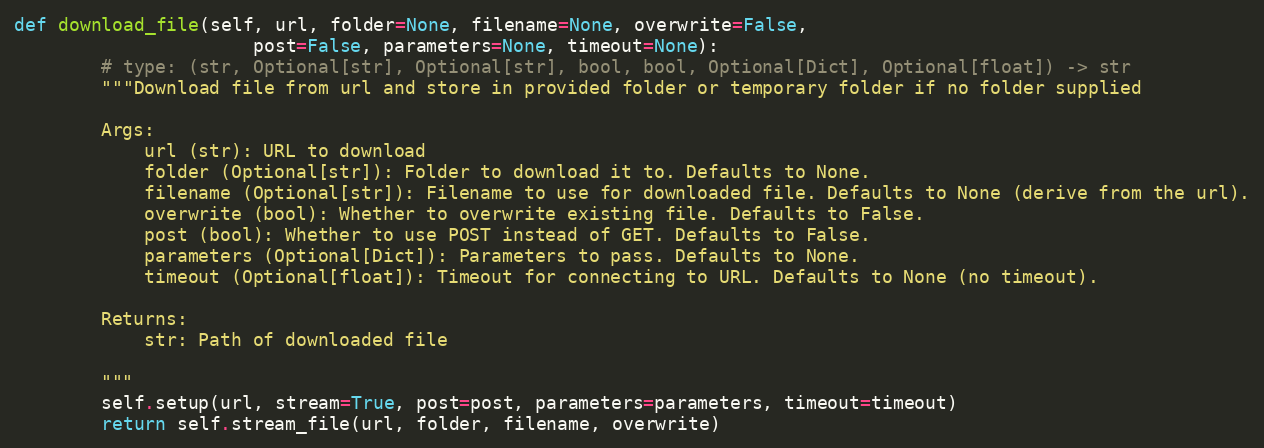
Language: Python
def download_file(self, url, folder=None, filename=None, overwrite=False,
                      post=False, parameters=None, timeout=None):
        # type: (str, Optional[str], Optional[str], bool, bool, Optional[Dict], Optional[float]) -> str
        """Download file from url and store in provided folder or temporary folder if no folder supplied

        Args:
            url (str): URL to download
            folder (Optional[str]): Folder to download it to. Defaults to None.
            filename (Optional[str]): Filename to use for downloaded file. Defaults to None (derive from the url).
            overwrite (bool): Whether to overwrite existing file. Defaults to False.
            post (bool): Whether to use POST instead of GET. Defaults to False.
            parameters (Optional[Dict]): Parameters to pass. Defaults to None.
            timeout (Optional[float]): Timeout for connecting to URL. Defaults to None (no timeout).

        Returns:
            str: Path of downloaded file

        """
        self.setup(url, stream=True, post=post, parameters=parameters, timeout=timeout)
        return self.stream_file(url, folder, filename, overwrite)